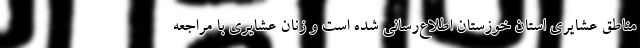
مناطق عشایری استان خوزستان اطلاع‌رسانی شده است و زنان عشایری با مراجعه